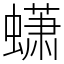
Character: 蟏